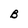
Character: B